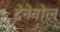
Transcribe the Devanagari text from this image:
देनेवोल